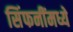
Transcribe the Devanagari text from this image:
सिंफनींमध्ये